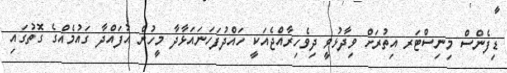
ޑިފެންސް މިނިސްޓަރ އިތުރަށް ވިދާޅުވީ ދިވެހިރާއްޖެއަކީ ހައްދުފަހަނައަޅާދާ މީހުން އުފައްދާ ގައުމެއްގެ ގޮތުގައި